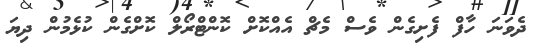
ދެވަނަ ހާފް ފެށިގެން ވެސް މެޗް އެއްކޮށް ކޮންޓްރޯލް ކޮށްގެން ކުޅެމުން ދިޔަ